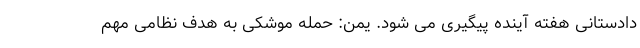
دادستانی هفته آینده پیگیری می شود. یمن: حمله موشکی به هدف نظامی مهم